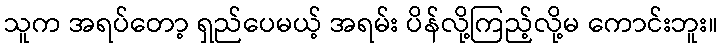
သူက အရပ်တော့ ရှည်ပေမယ့် အရမ်း ပိန်လို့ကြည့်လို့မ ကောင်းဘူး။